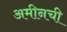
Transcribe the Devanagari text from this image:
अमीनची